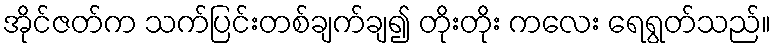
အိုင်ဇတ်က သက်ပြင်းတစ်ချက်ချ၍ တိုးတိုး ကလေး ရေရွတ်သည်။